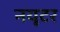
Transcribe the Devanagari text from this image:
नयूटर